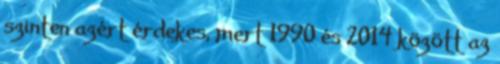
szinten azért érdekes, mert 1990 és 2014 között az